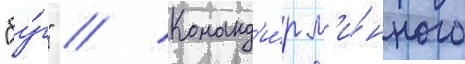
"бу́г" // Команд'и́р м'и́нного